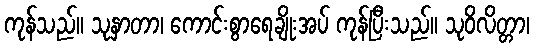
ကုန်သည်။ သုနှာတာ၊ ကောင်းစွာရေချိုးအပ် ကုန်ပြီးသည်။ သုဝိလိတ္တာ၊